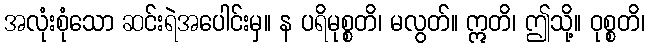
အလုံးစုံသော ဆင်းရဲအပေါင်းမှ။ န ပရိမုစ္စတိ၊ မလွတ်။ ဣတိ၊ ဤသို့။ ဝုစ္စတိ၊